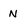
Character: N